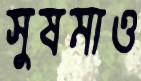
সুষমাও